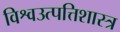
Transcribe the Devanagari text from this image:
विश्वउत्पत्तिशास्त्र